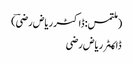
(ملتمس: ڈاکٹر ریاض رضیؔ)
ڈاکـٹر ریاض رضی